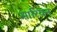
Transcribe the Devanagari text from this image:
मारियन